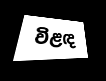
විළඳ